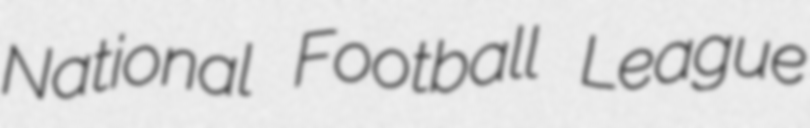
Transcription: National Football League